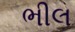
ભીલ